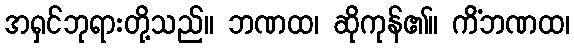
အရှင်ဘုရားတို့သည်။ ဘဏထ၊ ဆိုကုန်၏။ ကိံဘဏထ၊